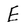
Character: E